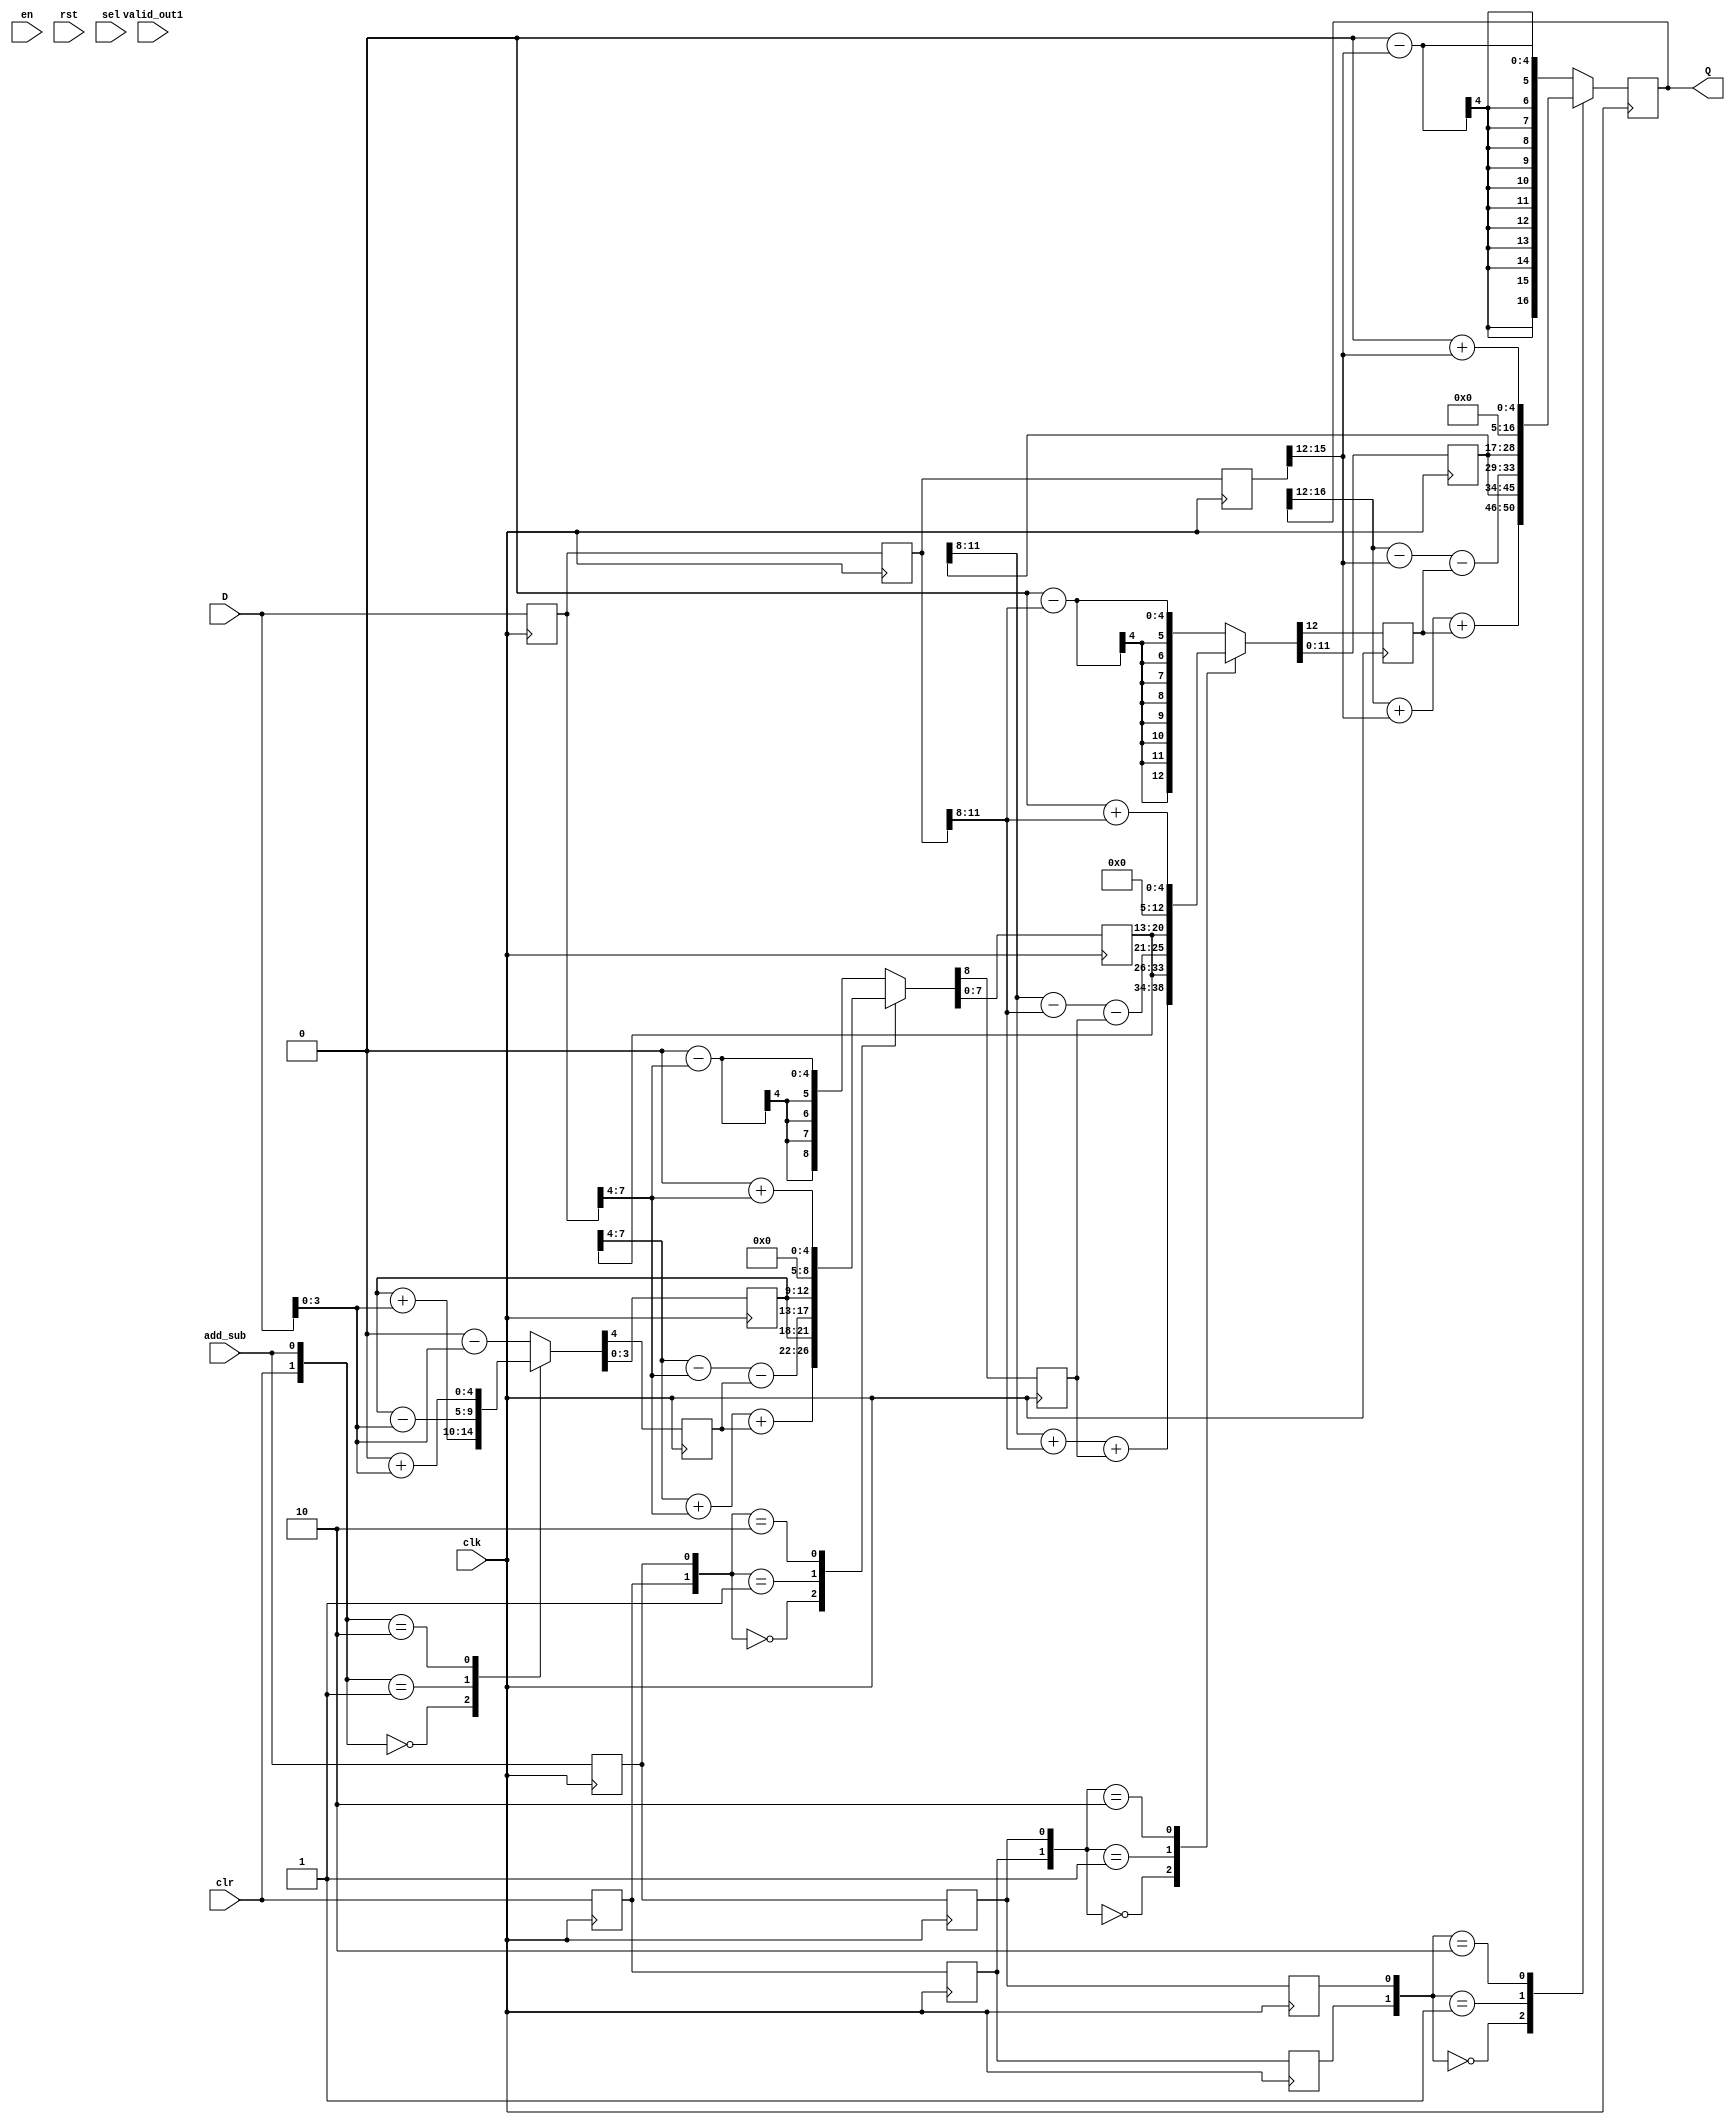
module phase_acc(clr,en,rst,valid_out1,clk,add_sub,sel,D,Q);
    parameter DATASIZE=16;
    input  clr,en,rst,clk,add_sub,sel,valid_out1;
    input  [DATASIZE-1:0] D;
    output [DATASIZE:0]   Q;

    reg count0,count1,count2,count3;
    reg [DATASIZE:0] b_tmp,b_tmp0,b_tmp1,b_tmp2;
    reg [3:0] sum0;
    reg [7:0] sum1;
    reg [11:0] sum2;
    reg [16:0] sum3;
    reg add_sub0,add_sub1,add_sub2;
    reg clr0,clr1,clr2;
   
    always @(posedge clk) begin
        case({clr,add_sub})
            2'b00:{count0,sum0}<={1'b0,sum0}+{1'b0,D[3:0]};
            2'b01:{count0,sum0}<={1'b0,sum0}-{1'b0,D[3:0]};
            2'b10:{count0,sum0}<=5'b0+{1'b0,D[3:0]};
            default:{count0,sum0}<=5'b0-{1'b0,D[3:0]};
        endcase
        b_tmp0<=D;
        clr0<=clr;
        add_sub0<=add_sub;
    end
    
    always @(posedge clk)
    begin
        case({clr0,add_sub0})
            2'b00:{count1,sum1}<={{1'b0,sum1[7:4]}+{1'b0,b_tmp0[7:4]}+count0,sum0};
            2'b01:{count1,sum1}<={{1'b0,sum1[7:4]}-{1'b0,b_tmp0[7:4]}-count0,sum0};
            2'b10:{count1,sum1}<=5'b0+{1'b0,b_tmp0[7:4]};
            default:{count1,sum1}<=5'b0-{1'b0,b_tmp0[7:4]};
        endcase
        b_tmp1<=b_tmp0;
        clr1<=clr0;
        add_sub1<=add_sub0;
    end
    
    always @(posedge clk)
    begin
        case({clr1,add_sub1})
            2'b00:{count2,sum2}<={{1'b0,sum2[11:8]}+{1'b0,b_tmp1[11:8]}+count1,sum1};
            2'b01:{count2,sum2}<={{1'b0,sum2[11:8]}-{1'b0,b_tmp1[11:8]}-count1,sum1};
            2'b10:{count2,sum2}<=5'b0+{1'b0,b_tmp1[11:8]};
            default:{count2,sum2}<=5'b0-{1'b0,b_tmp1[11:8]};
        endcase
        b_tmp2<=b_tmp1;
        clr2<=clr1;
        add_sub2<=add_sub1;
    end
    
    always @(posedge clk) begin
        case({clr2,add_sub2})
            2'b00:sum3<={sum3[16:12]+{1'b0,b_tmp2[15:12]}+count2,sum2};
            2'b01:sum3<={sum3[16:12]-{1'b0,b_tmp2[15:12]}-count2,sum2};
            2'b10:sum3<=5'b0+{1'b0,b_tmp2[15:12]};
            default:sum3<=5'b0-{1'b0,b_tmp2[15:12]};
        endcase
    end
assign Q=sum3;
endmodule